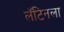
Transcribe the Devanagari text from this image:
लॅटिनला